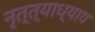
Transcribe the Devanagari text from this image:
नृत्त्याध्याय